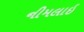
નીમલાઇ